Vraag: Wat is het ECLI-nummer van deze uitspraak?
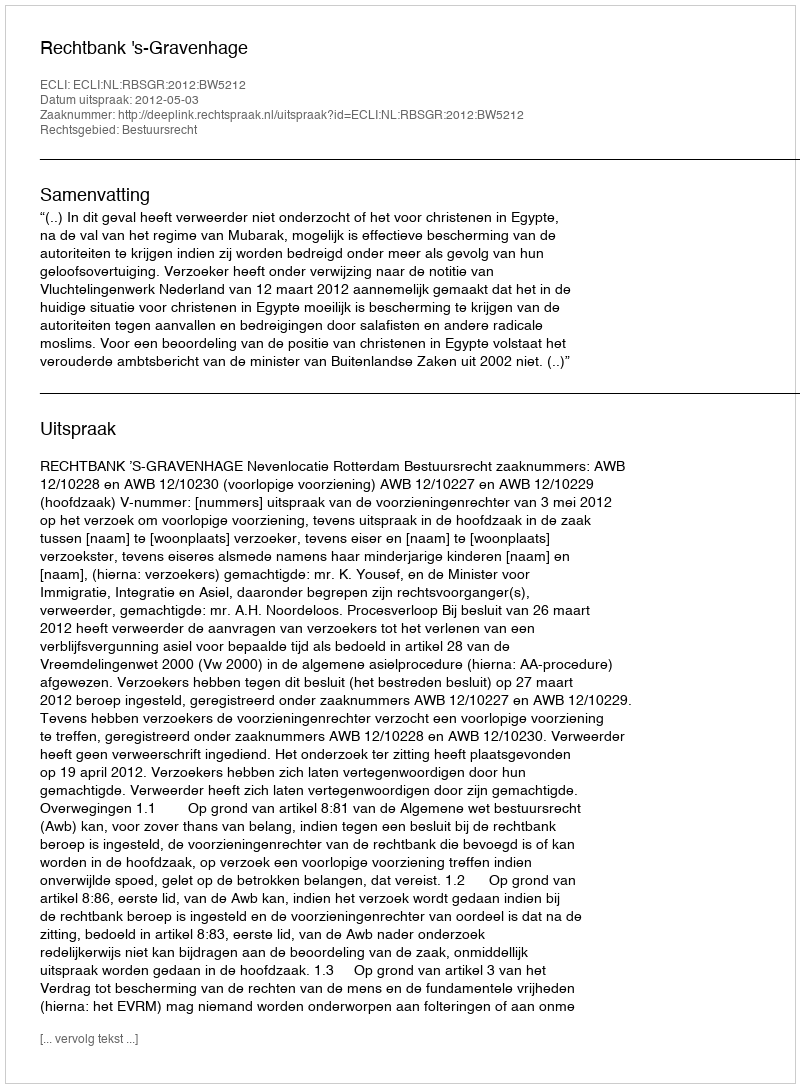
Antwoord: ECLI:NL:RBSGR:2012:BW5212